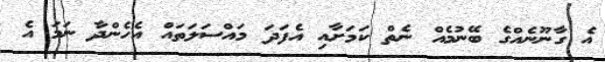
އެ ގާނޫނެއްގެ ބޭނުމެއް ނެތް ކަމަށާއި އެފަދަ މައްސަލަތައް އެހެންދާ ނަމަ އެ